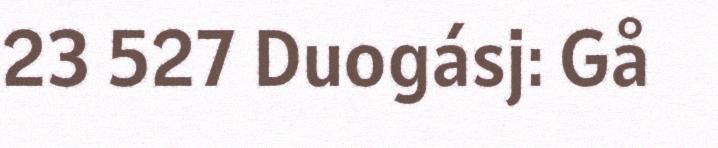
23 527 Duogásj: Gå